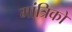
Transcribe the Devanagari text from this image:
मांत्रिकों